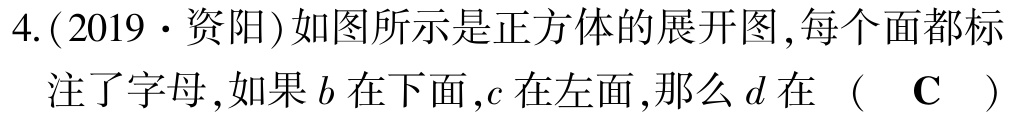
4.(2019·资阳)如图所示是正方体的展开图,每个面都标注了字母,如果\(b\)在下面,\(c\)在左面,那么\(d\)在 （ C ）